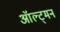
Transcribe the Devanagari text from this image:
ऑल्ट्मन